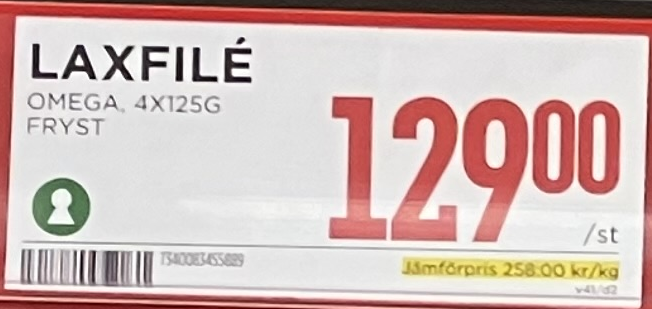
Vara: Laxfilé
Genomsnittspris: 258 per kg